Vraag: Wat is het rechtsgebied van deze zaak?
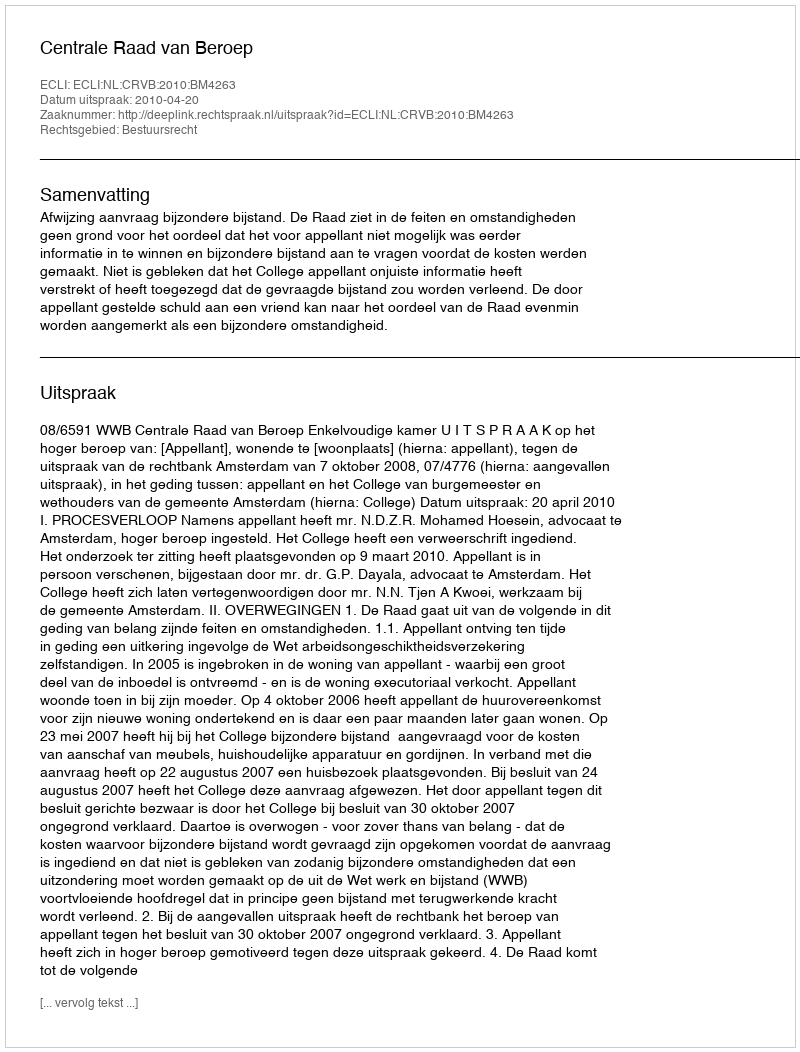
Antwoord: Bestuursrecht